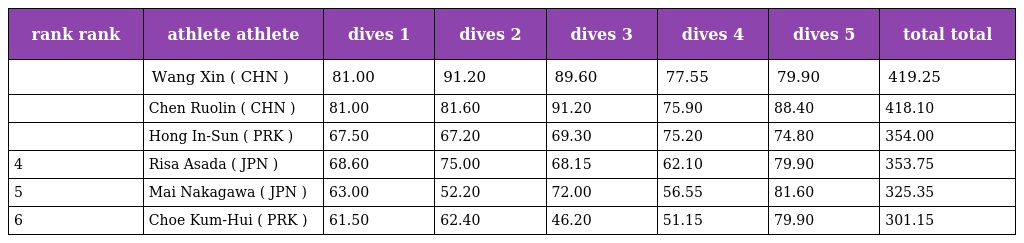
| rank rank | athlete athlete | dives 1 | dives 2 | dives 3 | dives 4 | dives 5 | total total |
 | --- | --- | --- | --- | --- | --- | --- | --- |
 |  | Wang Xin ( CHN ) | 81.00 | 91.20 | 89.60 | 77.55 | 79.90 | 419.25 |
 |  | Chen Ruolin ( CHN ) | 81.00 | 81.60 | 91.20 | 75.90 | 88.40 | 418.10 |
 |  | Hong In-Sun ( PRK ) | 67.50 | 67.20 | 69.30 | 75.20 | 74.80 | 354.00 |
 | 4 | Risa Asada ( JPN ) | 68.60 | 75.00 | 68.15 | 62.10 | 79.90 | 353.75 |
 | 5 | Mai Nakagawa ( JPN ) | 63.00 | 52.20 | 72.00 | 56.55 | 81.60 | 325.35 |
 | 6 | Choe Kum-Hui ( PRK ) | 61.50 | 62.40 | 46.20 | 51.15 | 79.90 | 301.15 |